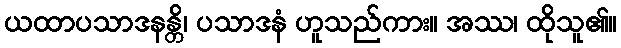
ယထာပသာဒနန္တိ၊ ပသာဒနံ ဟူသည်ကား။ အဿ၊ ထိုသူ၏။